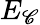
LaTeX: E_{\mathscr{C}}